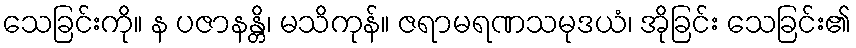
သေခြင်းကို။ န ပဇာနန္တိ၊ မသိကုန်။ ဇရာမရဏသမုဒယံ၊ အိုခြင်း သေခြင်း၏